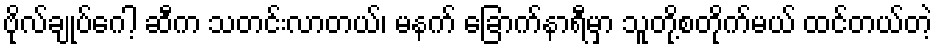
ဗိုလ်ချုပ်ဂေါ့ ဆီက သတင်းလာတယ်၊ မနက် ခြောက်နာရီမှာ သူတို့စတိုက်မယ် ထင်တယ်တဲ့